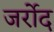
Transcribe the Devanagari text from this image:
जर्रोद